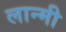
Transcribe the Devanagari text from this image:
लान्मी